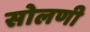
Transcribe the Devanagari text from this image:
सोलणी